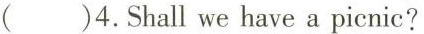
( )4.Shall we have a picnic?